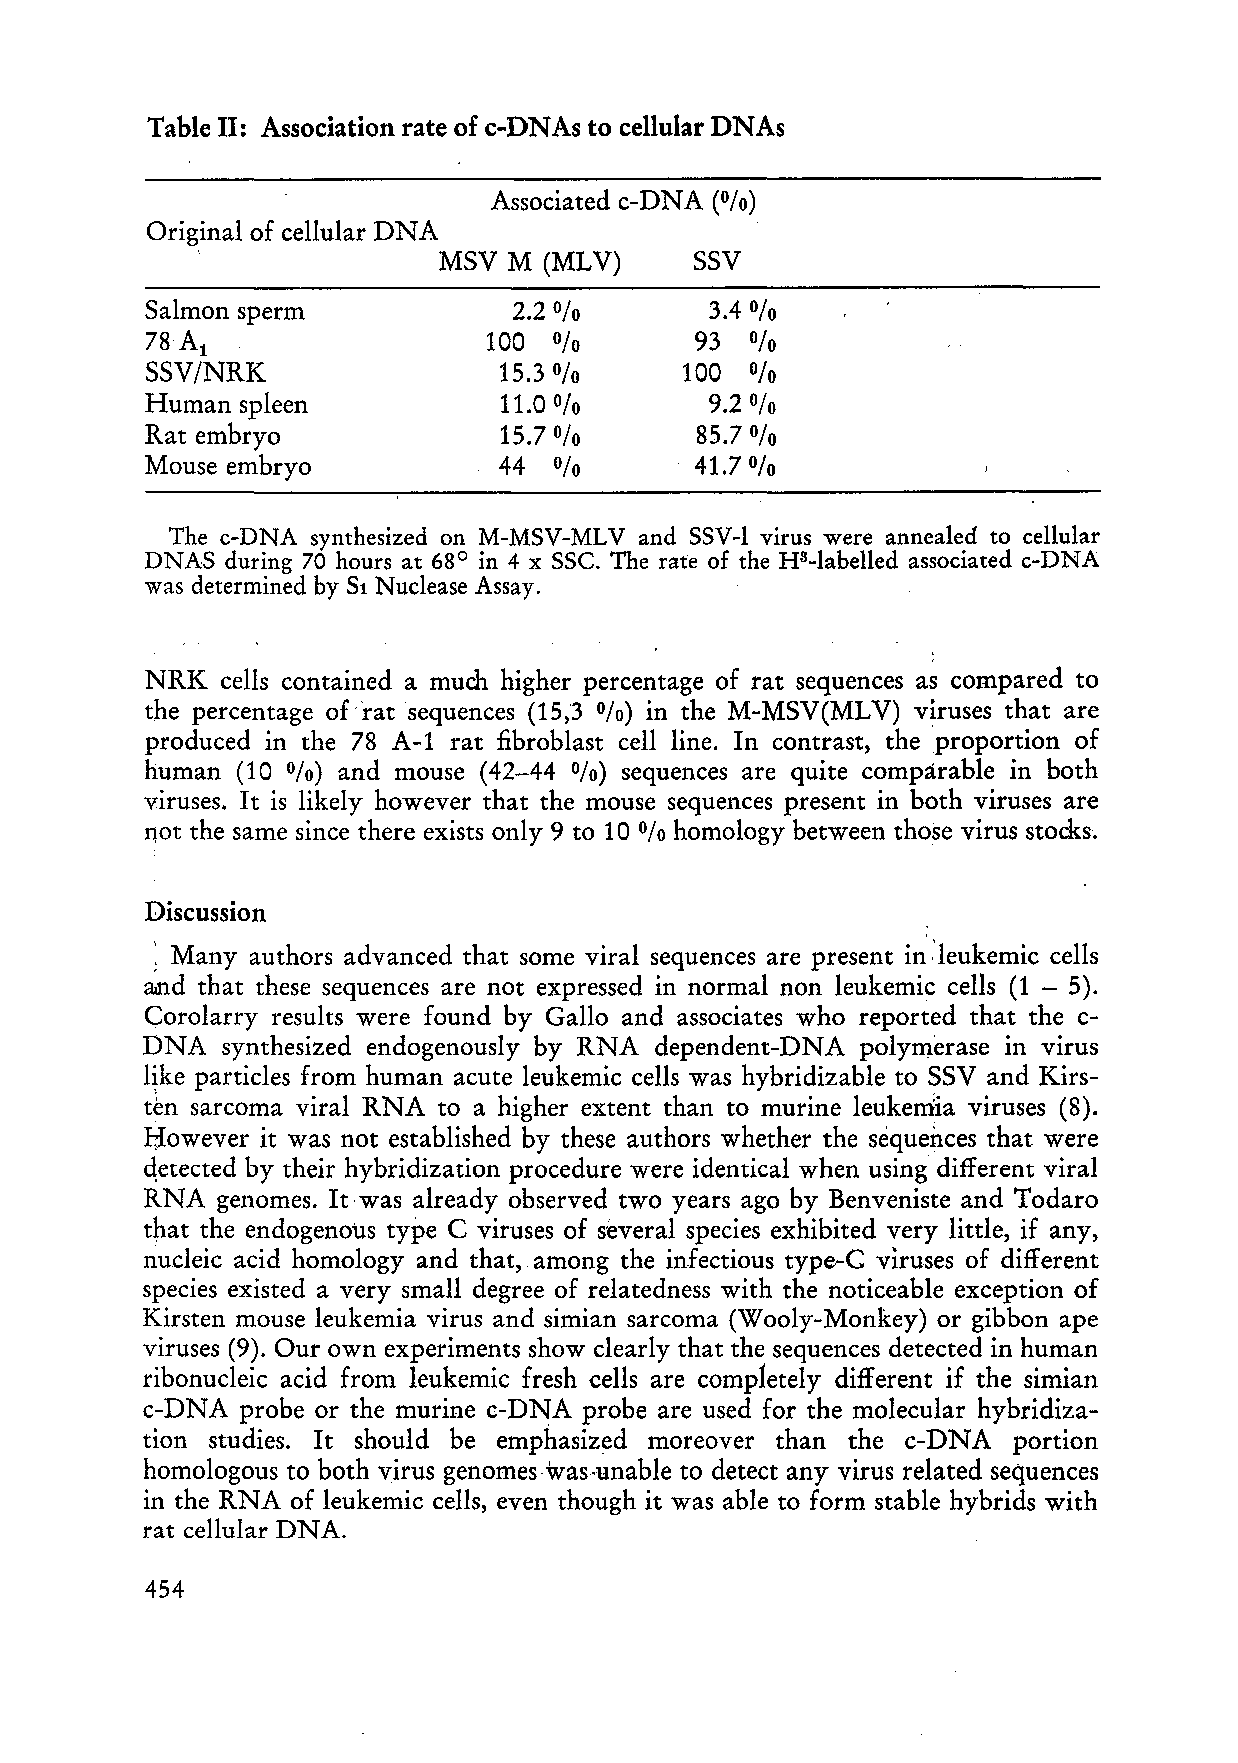
Table 11: Association rate of c-DNAs to cellular DNAs
 Associated c-DNA (%)
 Original of cellular DNA
 \               MSV  M (ML V)    SSV
 Salmon sperm            2.2 %        3.4 %
 78 Ai                 100  %        93  %
 SSV/NRK                15.3 %      100  %
 Human spleen           11.0 %        9.2 %
 Rat embryo             15.7 %       85.7
 %
 Mouse embryo           44  %        41.7%
 The c-DNA synthesized on M-MSV-MLV and SSV-l virus were annealed to cellular
 DNAS during 70 hours at 68° in 4 x SSC. The rate of the H3-1abelled associated c-DNA
 was determined by Si Nuclease Assay.
 NRK  cells contained a much higher percentage of rat sequences as compared to
 the percentage of -rat sequences (15,3 0/0) in the M-MSV(MLV) viruses that are
 produced in the 78 A-l rat fibroblast cell line. In contrast, theproportion of
 human (10 0/0) and mouse (42-44 0/0) sequences are quite comparable in both
 viruses. It is likely however that the mouse sequences present in both viruses are
 l10t the same since there exists only 9 to 10 homology between those virus stocks.
 %
 Discussion
 ; Many authors advanced that some viral sequences are present i~ .'leukemic cells
 adld that these sequences are not expressed in normal non leukemic cells (1 - 5).
 Corolarry results were found by Gallo and associates who reported that the c
 DNA  synthesized endogenously by RNA dependent-DNA polymerase in virus
 like particles from human acute leukemic cells was hybridizable to SSV and Kirs
 t~n sarcoma viral RNA to a higher extent than to murine leukerriia viruses (8).
 Bowever it was not established by these authors whether the sequences that were
 qetected by their hybridization procedure were identical when using different viral
 RNA genomes. It -was already observed two years ago by Benveniste and Todaro
 that the endogenous type C viruses of ~everal species exhibited very litde, if any,
 nucleic acid homology and that, among the infectious type-C viruses of different
 species existed a very small degree of relatedness with the noticeable exception of
 Kirsten mouse leukemia virus and simian sarcoma (Wooly-Monkey) or gibbon ape
 viruses (9). Our own experiments show clearly that the sequences detected in human
 ribonucleic acid from leukemic fresh cells are comp1etely different if the simian
 c-DNA probe or the murine c-DNA probe are used for the molecular hybridiza
 tion studies. It should be emphasized moreover than the c-DNA portion
 homologous to both virus genomes-was.unable to detect any virus related sequences
 in the RNA of leukemic cells, even though it was able to form stable hybrids with
 rat cellular DNA.
 454